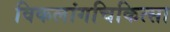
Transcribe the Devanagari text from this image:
विकलांगचिकित्सा